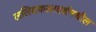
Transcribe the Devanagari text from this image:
ललितकलादर्शमधील